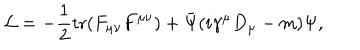
{ \cal L } = - \frac { 1 } { 2 } \mathrm { t r } ( F _ { \mu \nu } F ^ { \mu \nu } ) + \bar { \Psi } ( i \gamma ^ { \mu } D _ { \mu } - m ) \Psi ,